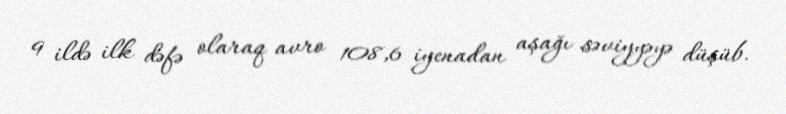
9 ildə ilk dəfə olaraq avro 108,6 iyenadan aşağı səviyyəyə düşüb.